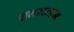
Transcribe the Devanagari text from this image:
वालरस्टाइन